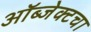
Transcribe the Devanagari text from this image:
ऑब्जेक्टचा